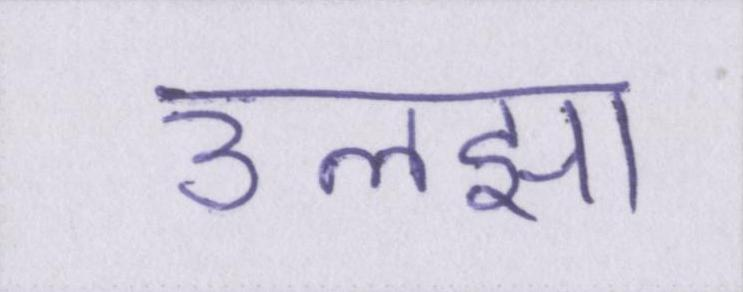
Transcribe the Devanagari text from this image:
उलझा